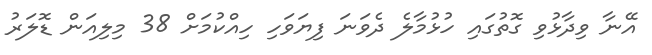
އޭނާ ވިދާޅުވި ގޮތުގައި ހުޅުމާލެ ދެވަނަ ފިޔަވަހި ހިއްކުމަށް 38 މިލިއަން ޑޮލަރު